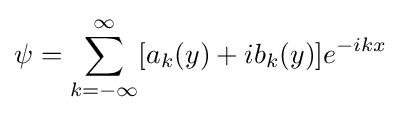
\psi =\sum _{k=-\infty }^{\infty }[a_{k}(y)+ib_{k}(y)]e^{-ikx}